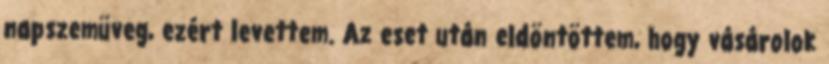
napszemüveg, ezért levettem. Az eset után eldöntöttem, hogy vásárolok